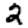
Digit: 2